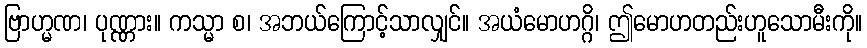
ဗြာဟ္မဏ၊ ပုဏ္ဏား။ ကသ္မာ စ၊ အဘယ်ကြောင့်သာလျှင်။ အယံမောဟဂ္ဂိ၊ ဤမောဟတည်းဟူသောမီးကို။